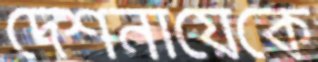
দেশনায়েকে